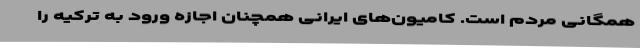
همگانی مردم است. کامیون‌های ایرانی همچنان اجازه ورود به ترکیه را